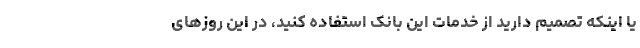
یا اینکه تصمیم دارید از خدمات این بانک استفاده کنید، در این روزهای